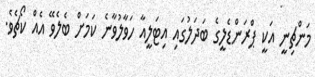
މަންޗިނީ އަކީ ޕްރަންޑެލީގެ ބަދަލުގައި އިޓަލީއާ ހަވާލުވާނެ ކަމަށް ބެލެވޭ އެއް ކޯޗެވެ.